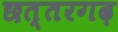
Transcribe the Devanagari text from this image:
छत्तरगढ़